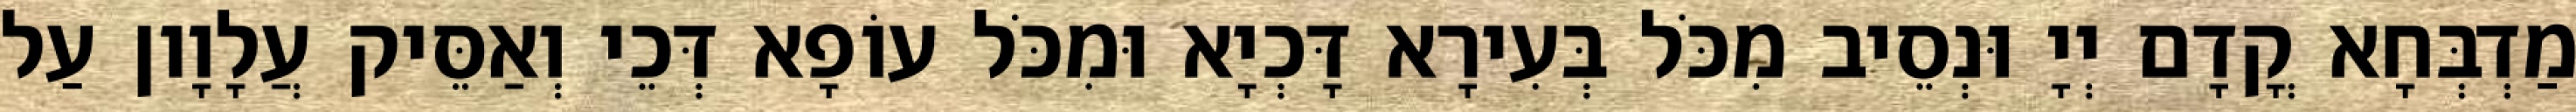
מַדְבְּחָא קֳדָם יְיָ וּנְסֵיב מִכֹּל בְּעִירָא דָּכְיָא וּמִכֹּל עוֹפָא דְּכֵי וְאַסֵּיק עֲלָוָון עַל